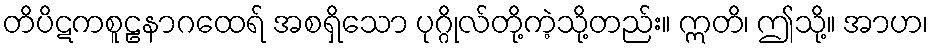
တိပိဋကစူဠနာဂထေရ် အစရှိသော ပုဂ္ဂိုလ်တို့ကဲ့သို့တည်း။ ဣတိ၊ ဤသို့။ အာဟ၊